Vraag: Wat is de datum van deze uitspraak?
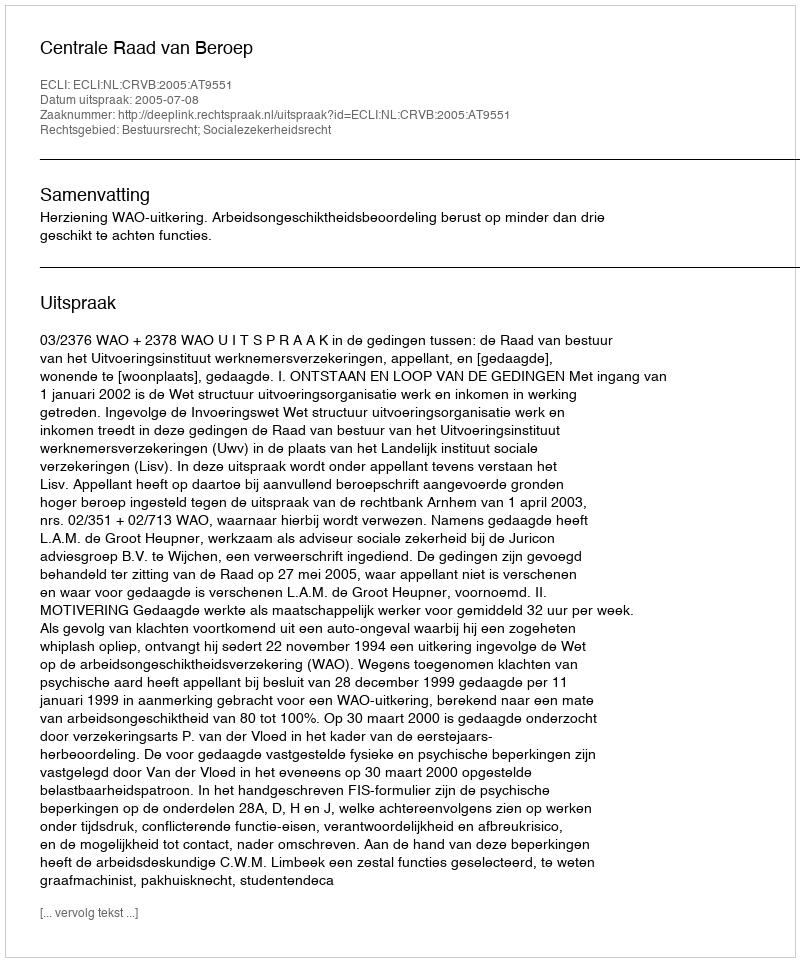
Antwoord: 2005-07-08